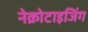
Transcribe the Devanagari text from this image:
नेक्रोटाइजिंग